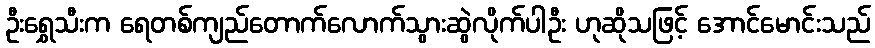
ဦးရွှေသီးက ရေတစ်ကျည်တောက်လောက်သွားဆွဲလိုက်ပါဦး ဟုဆိုသဖြင့် အောင်မောင်းသည်